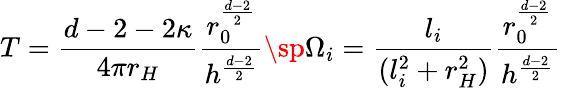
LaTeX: T=\frac{d-2-2\kappa}{4\pi r_{H}}\frac{r_{0}^{\frac{d-2}{2}}}{h^{\frac{d-2}{2}}}\sp\Omega_{i}=\frac{l_{i}}{(l_{i}^{2}+r_{H}^{2})}\frac{r_{0}^{\frac{d-2}{2}}}{h^{\frac{d-2}{2}}}